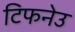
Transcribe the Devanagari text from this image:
टिफनेउ